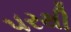
૫રથી